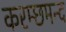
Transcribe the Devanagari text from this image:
करम्छमन्द